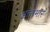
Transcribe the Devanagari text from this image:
अन्तभार